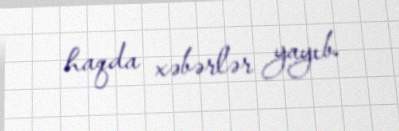
haqda xəbərlər yayıb.